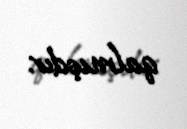
qalmışdır.